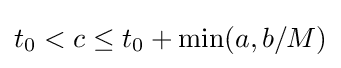
t_{0}<c\leq t_{0}+\min(a,b/M)